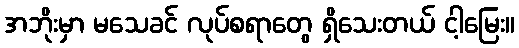
အဘိုးမှာ မသေခင် လုပ်စရာတွေ ရှိသေးတယ် ငါ့မြေး။